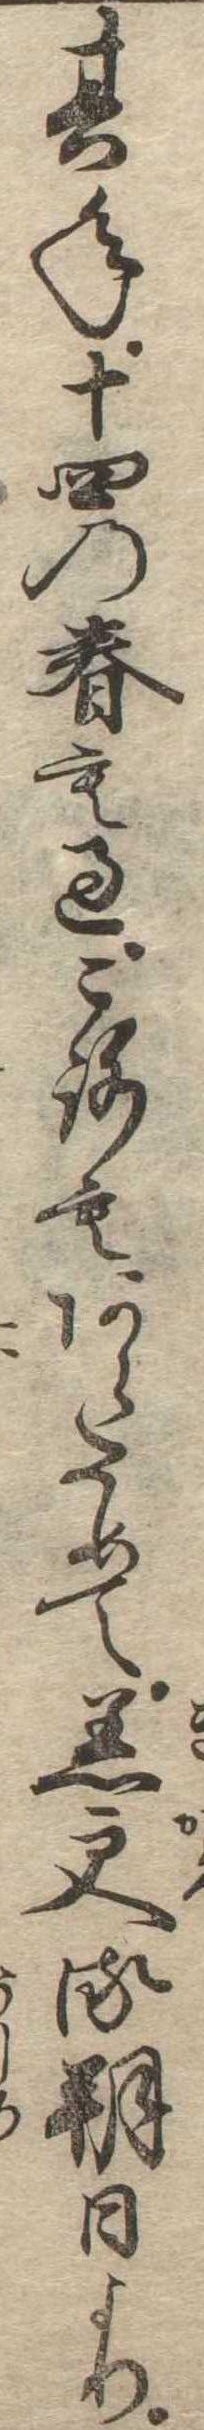
其年十四の春も過ころもあらためて着更る朔日より